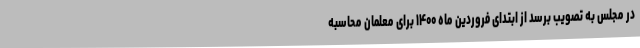
در مجلس به تصویب برسد از ابتدای فروردین ماه ۱۴۰۰ برای معلمان محاسبه